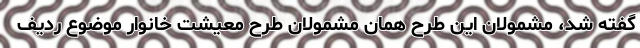
گفته شد، مشمولان این طرح همان مشمولان طرح معیشت خانوار موضوع ردیف